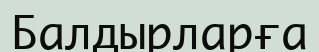
Балдырларға